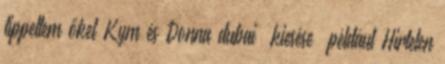
tippeltem őket Kym és Donna dubai “kiesése” például Hirtelen